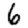
Digit: 6